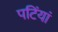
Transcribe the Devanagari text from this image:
पटिंयां